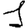
Digit: 1